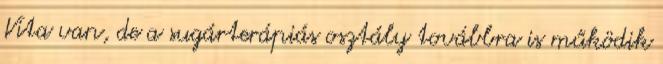
Vita van, de a sugárterápiás osztály továbbra is működik